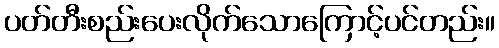
ပတ်တီးစည်းပေးလိုက်သောကြောင့်ပင်တည်း။